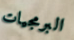
البرمجيات